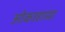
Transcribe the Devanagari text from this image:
ओकाहामा